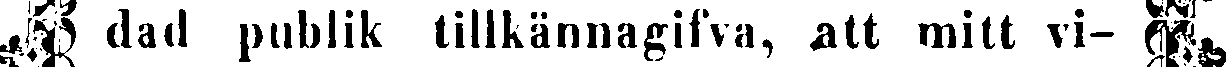
# dad publik tillkännagifva, att mitt vi- #